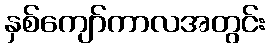
နှစ်ကျော်ကာလအတွင်း